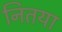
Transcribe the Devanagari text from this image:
नितया